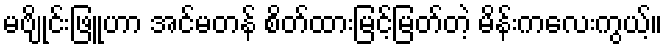
မဗျိုင်းဖြူဟာ အင်မတန် စိတ်ထားမြင့်မြတ်တဲ့ မိန်းကလေးကွယ့်။